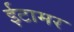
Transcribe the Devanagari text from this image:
ईटामर